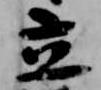
立